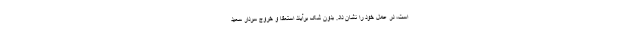
است، در عمل خود را نشان داد. بدون شک برآیندِ استعفا و خروج سردار سعید